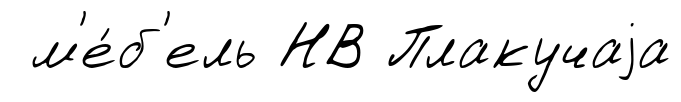
м'е́б'ель НВ Плакучаjа